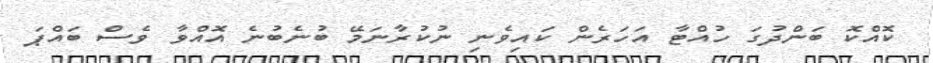
ކޮއްކޮ ބަންދުގަ ހުއްޓާ އަހަރެން ކައިވެނި ނުކުރާނަމޭ ބުނެބުނެ އޮއްވާ ވެސް ބައްޕަ